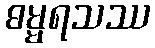
ဓမ္မရသဿ